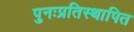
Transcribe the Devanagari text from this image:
पुनःप्रतिस्थापित